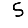
Digit: 5